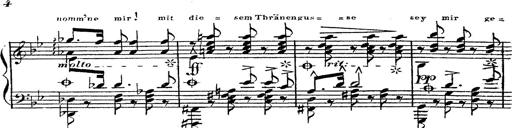
Title: 12 Lieder von Franz Schubert
Composer: Franz Liszt